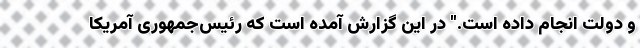
و دولت انجام داده است." در این گزارش آمده است که رئیس‌جمهوری آمریکا